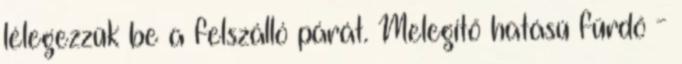
lélegezzük be a felszálló párát. Melegítő hatású fürdő -